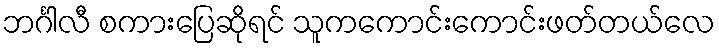
ဘင်္ဂါလီ စကားပြေဆိုရင် သူကကောင်းကောင်းဖတ်တယ်လေ